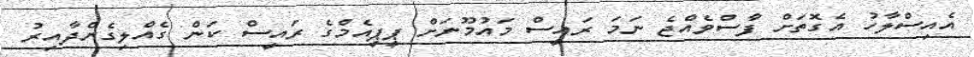
އެއިސްލާހު އެގޮތަށް ފާސްވެއްޖެ ނަމަ ރައީސް މައުމޫނަށް ޕީޕީއެމްގެ ރައީސް ކަން ގެއްލިގެންދާއިރު